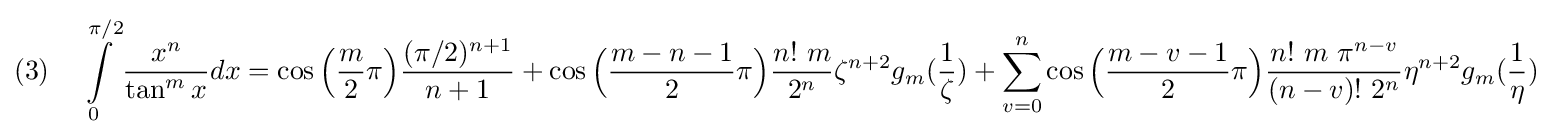
(3)\quad \int \limits _{0}^{\pi /2}{\frac {x^{n}}{\tan ^{m}x}}dx=\cos {\Bigl (}{\frac {m}{2}}\pi {\Bigr )}{\frac {(\pi /2)^{n+1}}{n+1}}+\cos {\Bigl (}{\frac {m-n-1}{2}}\pi {\Bigr )}{\frac {n!~m}{2^{n}}}\zeta ^{n+2}g_{m}({\frac {1}{\zeta }})+\sum \limits _{v=0}^{n}\cos {\Bigl (}{\frac {m-v-1}{2}}\pi {\Bigr )}{\frac {n!~m~\pi ^{n-v}}{(n-v)!~2^{n}}}\eta ^{n+2}g_{m}({\frac {1}{\eta }})